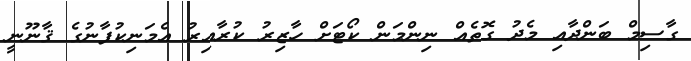
ގާސިމް ބަންދާއި މެދު ގޮތެއް ނިންމަން ކޯޓަށް ހާޒިރު ކުރާއިރު އެމަނިކުފާނުގެ ޤާނޫނީ